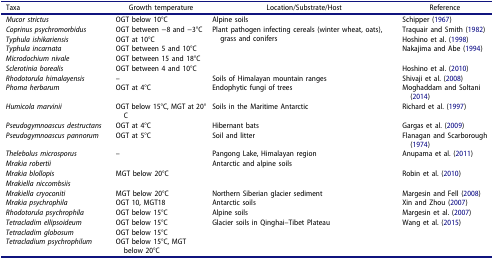
<table><thead><tr><td><b>Taxa</b></td><td><b>Growth temperature</b></td><td><b>Location/Substrate/Host</b></td><td><b>Reference</b></td></tr></thead><tbody><tr><td><i>Mucor strictus</i></td><td>OGT below 10°C</td><td>Alpine soils</td><td>Schipper (1967)</td></tr><tr><td><i>Coprinus psychromorbidus</i></td><td>OGT between −8 and −3°C</td><td rowspan="5">Plant pathogen infecting cereals (winter wheat, oats), grass and conifers</td><td>Traquair and Smith (1982)</td></tr><tr><td><i>Typhula ishikariensis</i></td><td>OGT at 10°C</td><td>Hoshino et al. (1998)</td></tr><tr><td><i>Typhula incarnata</i></td><td>OGT between 5 and 10°C</td><td rowspan="2">Nakajima and Abe (1994)</td></tr><tr><td><i>Microdochium nivale</i></td><td>OGT between 15 and 18°C</td></tr><tr><td><i>Sclerotinia borealis</i></td><td>OGT between 4 and 10°C</td><td>Hoshino et al. (2010)</td></tr><tr><td><i>Rhodotorula himalayensis</i></td><td>–</td><td>Soils of Himalayan mountain ranges</td><td>Shivaji et al. (2008)</td></tr><tr><td><i>Phoma herbarum</i></td><td>OGT at 4°C</td><td>Endophytic fungi of trees</td><td>Moghaddam and Soltani (2014)</td></tr><tr><td><i>Humicola marvinii</i></td><td>OGT below 15°C, MGT at 20°C</td><td>Soils in the Maritime Antarctic</td><td>Richard et al. (1997)</td></tr><tr><td><i>Pseudogymnoascus destructans</i></td><td>OGT at 4°C</td><td>Hibernant bats</td><td>Gargas et al. (2009)</td></tr><tr><td><i>Pseudogymnoascus pannorum</i></td><td>OGT at 5°C</td><td>Soil and litter</td><td>Flanagan and Scarborough (1974)</td></tr><tr><td><i>Thelebolus microsporus</i></td><td>–</td><td>Pangong Lake, Himalayan region</td><td>Anupama et al. (2011)</td></tr><tr><td><i>Mrakia robertii</i></td><td> </td><td rowspan="3">Antarctic and alpine soils</td><td> </td></tr><tr><td><i>Mrakia blollopis</i></td><td>MGT below 20°C</td><td>Robin et al. (2010)</td></tr><tr><td><i>Mrakiella niccombsiis</i></td><td> </td><td> </td></tr><tr><td><i>Mrakiella cryoconiti</i></td><td>MGT below 20°C</td><td>Northern Siberian glacier sediment</td><td>Margesin and Fell (2008)</td></tr><tr><td><i>Mrakia psychrophila</i></td><td>OGT 10, MGT18</td><td>Antarctic soils</td><td>Xin and Zhou (2007)</td></tr><tr><td><i>Rhodotorula psychrophila</i></td><td>OGT below 15°C</td><td>Alpine soils</td><td>Margesin et al. (2007)</td></tr><tr><td><i>Tetracladim ellipsoideum</i></td><td>OGT below 15°C</td><td rowspan="3">Glacier soils in Qinghai–Tibet Plateau</td><td rowspan="3">Wang et al. (2015)</td></tr><tr><td><i>Tetracladim globosum</i></td><td>OGT below 15°C</td></tr><tr><td><i>Tetracladium psychrophilum</i></td><td>OGT below 15°C, MGT below 20°C</td></tr></tbody></table>